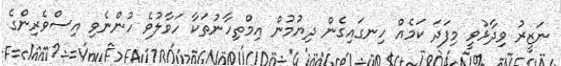
ނަޒީރު ވިދާޅުވީ މިފަދަ ކަމެއް ހިނގައިގެން ދިޔުމުން އިމްތިހާނުތަކާ ހަވާލުވެ ހުންނެވި އިސްވެރިންގެ